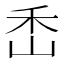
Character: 㟀